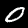
Digit: 0